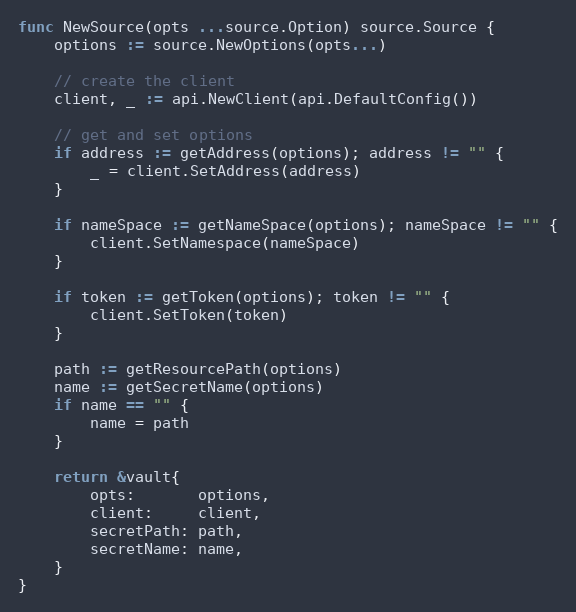
Language: Go
func NewSource(opts ...source.Option) source.Source {
	options := source.NewOptions(opts...)

	// create the client
	client, _ := api.NewClient(api.DefaultConfig())

	// get and set options
	if address := getAddress(options); address != "" {
		_ = client.SetAddress(address)
	}

	if nameSpace := getNameSpace(options); nameSpace != "" {
		client.SetNamespace(nameSpace)
	}

	if token := getToken(options); token != "" {
		client.SetToken(token)
	}

	path := getResourcePath(options)
	name := getSecretName(options)
	if name == "" {
		name = path
	}

	return &vault{
		opts:       options,
		client:     client,
		secretPath: path,
		secretName: name,
	}
}